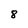
Character: 8